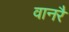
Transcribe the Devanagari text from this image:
वानरै